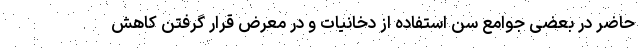
حاضر در بعضی جوامع سن استفاده از دخانیات و در معرض قرار گرفتن کاهش